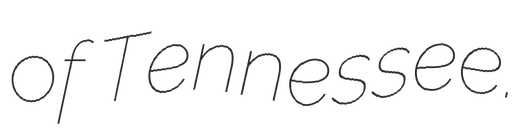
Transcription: of Tennessee.